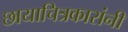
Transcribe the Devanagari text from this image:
छायाचित्रकारांनी